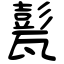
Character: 甏